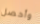
وأحصل